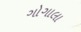
ગોગાલા